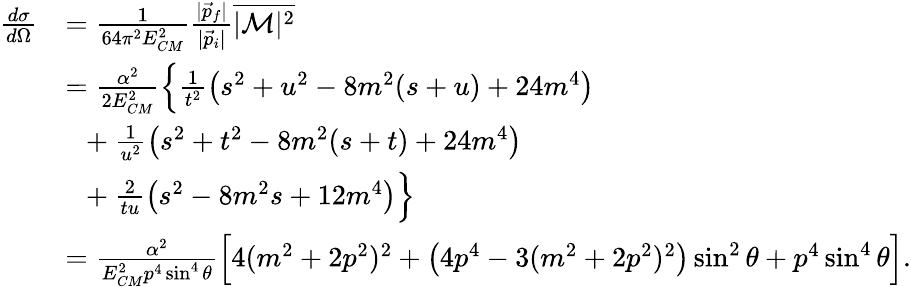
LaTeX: {\begin{array}{rl}{{\frac{d\sigma}{d\Omega}}}&{={\frac{1}{64\pi^{2}E_{CM}^{2}}}{\frac{|{\vec{p}}_{f}|}{|{\vec{p}}_{i}|}}{\overline{{|{\mathcal{M}}|^{2}}}}}\\ &{={\frac{\alpha^{2}}{2E_{CM}^{2}}}{\Big\{ \frac{1}{t^{2}}}{\big(}s^{2}+u^{2}-8m^{2}(s+u)+24m^{4}{\big)}}\\ &{~~+{\frac{1}{u^{2}}}{\big(}s^{2}+t^{2}-8m^{2}(s+t)+24m^{4}{\big)}}\\ &{~~+{\frac{2}{tu}}{\big(}s^{2}-8m^{2}s+12m^{4}{\big)}{\Big\} }}\\ &{={\frac{\alpha^{2}}{E_{CM}^{2}p^{4}\sin^{4}\theta}}{\Big[}4(m^{2}+2p^{2})^{2}+{\big(}4p^{4}-3(m^{2}+2p^{2})^{2}{\big)}\sin^{2}\theta+p^{4}\sin^{4}\theta{\Big]}.}\end{array}}